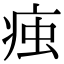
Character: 痋